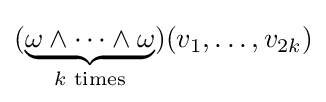
(\underbrace {\omega \wedge \cdots \wedge \omega } _{k{\text{ times}}})(v_{1},\ldots ,v_{2k})